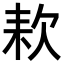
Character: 𣢹